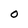
Character: O